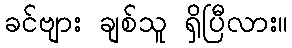
ခင်ဗျား ချစ်သူ ရှိပြီလား။